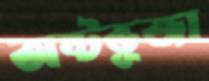
অষ্টভূজা